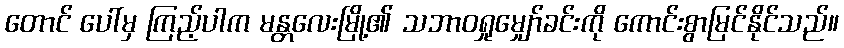
တောင် ပေါ်မှ ကြည့်ပါက မန္တလေးမြို့၏ သဘာဝရှုမျှော်ခင်းကို ကောင်းစွာမြင်နိုင်သည်။